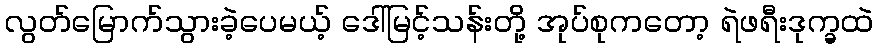
လွတ်မြောက်သွားခဲ့ပေမယ့် ဒေါ်မြင့်သန်းတို့ အုပ်စုကတော့ ရဲဖရီးဒုက္ခထဲ